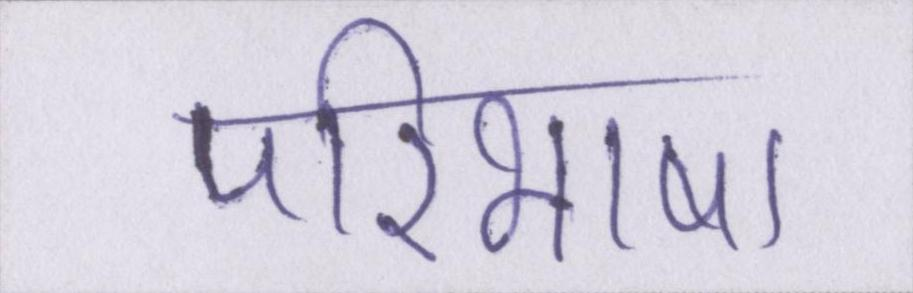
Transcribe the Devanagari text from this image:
परिभाषा